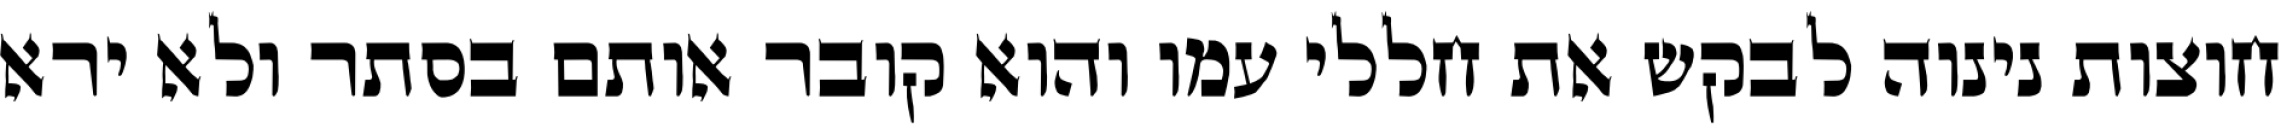
חוצות נינוה לבקש את חללי עמו והוא קובר אותם בסתר ולא ירא